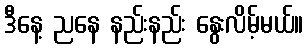
ဒီနေ့ ညနေ နည်းနည်း နွေးလိမ့်မယ်။